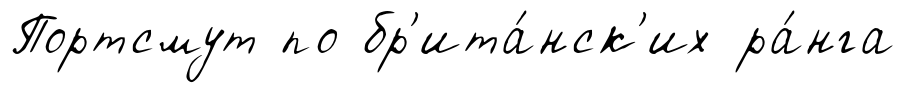
Портсмут по бр'ита́нск'их ра́нга